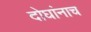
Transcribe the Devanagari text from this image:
दोघांनाच